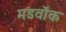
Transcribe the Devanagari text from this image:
मडवॉक